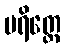
ပရိတ္တေ